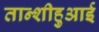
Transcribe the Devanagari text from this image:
तान्शीहुआई